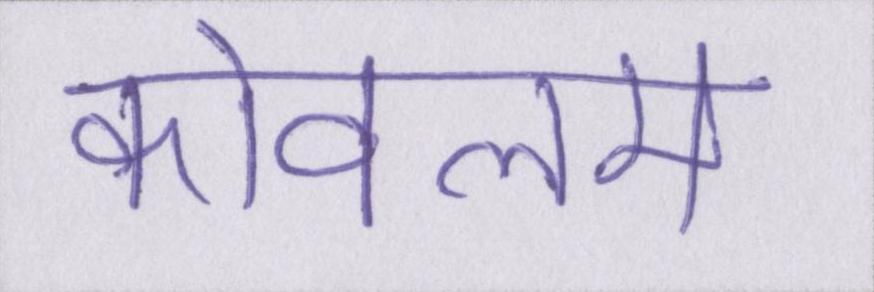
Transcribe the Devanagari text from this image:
कोवलम